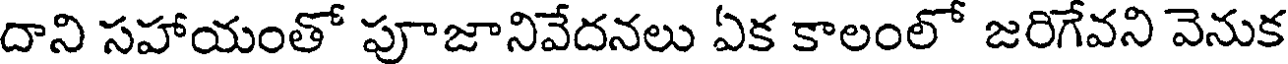
దాని సహాయంతో పూజానివేదనలు ఏక కాలంలో జరిగేవని వెనుక